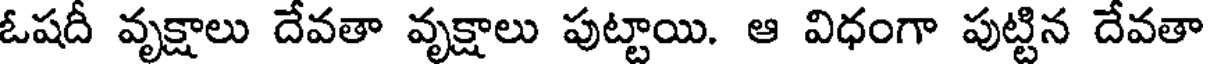
ఓషదీ వృక్షాలు దేవతా వృక్షాలు పుట్టాయి. ఆ విధంగా పుట్టిన దేవతా